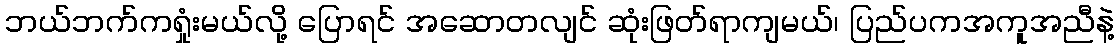
ဘယ်ဘက်ကရှုံးမယ်လို့ ပြောရင် အဆောတလျင် ဆုံးဖြတ်ရာကျမယ်၊ ပြည်ပကအကူအညီနဲ့